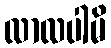
လာလပါမိ